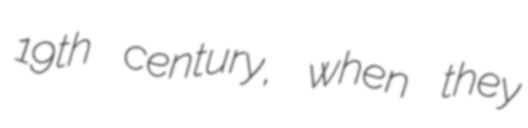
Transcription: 19th century, when they